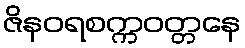
ဇိနဝရစက္ကဝတ္တနေ